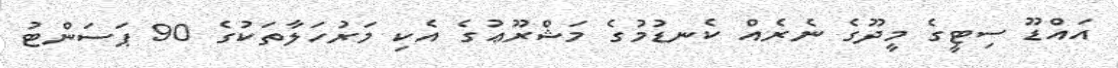
އައްޑޫ ސިޓީގެ މީދޫގެ ނެރެއް ކެނޑުމުގެ މަޝްރޫޢުގެ އެކި މަރުހަލާތަކުގެ 90 ޕަސަންޓު